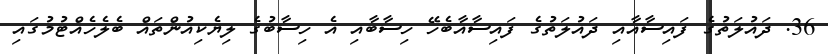
36. ދައުލަތުގެ ފައިސާއާއި ދައުލަތުގެ ފައިސާއާބެހޭ ހިސާބާއި އެ ހިސާބުގެ ލިޔެކިއުންތައް ބެލެހެއްޓުމުގައި